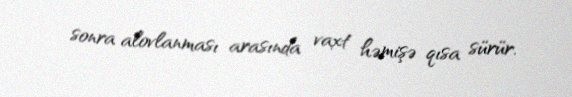
sonra alovlanması arasında vaxt həmişə qısa sürür.